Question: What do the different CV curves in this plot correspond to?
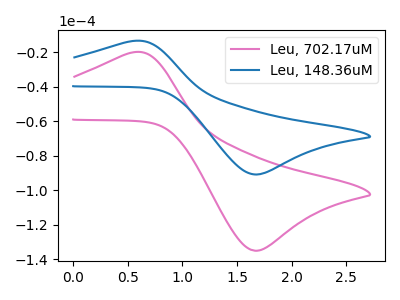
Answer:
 <answer>The pink curve is labeled "Leu, 702.17uM". The blue curve is labeled "Leu, 148.36uM".</answer>
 <eval></eval>